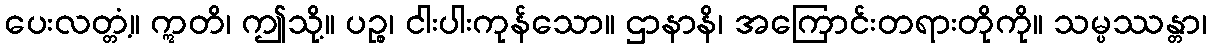
ပေးလတ္တံ့။ ဣတိ၊ ဤသို့။ ပဉ္စ၊ ငါးပါးကုန်သော။ ဌာနာနိ၊ အကြောင်းတရားတိုကို။ သမ္ပဿန္တာ၊